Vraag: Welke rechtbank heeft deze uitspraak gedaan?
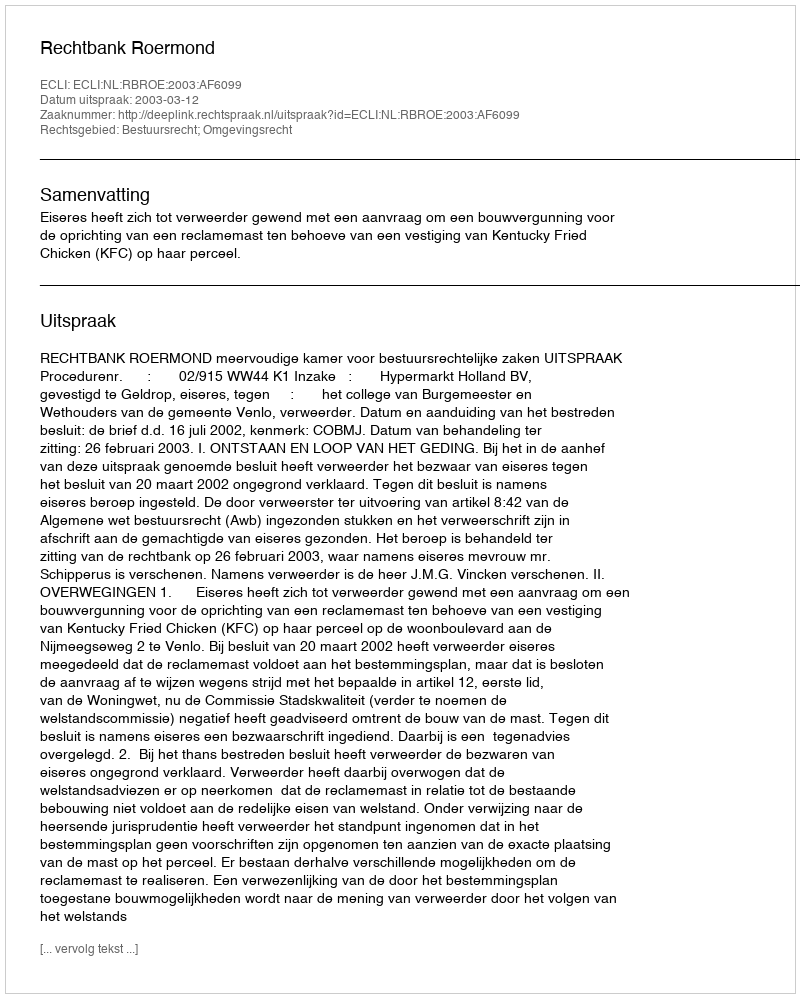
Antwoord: Rechtbank Roermond